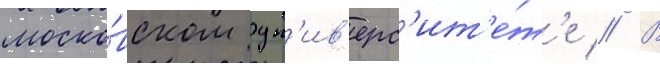
моско́вском ун'ив'ерс'ит'е́т'е // В